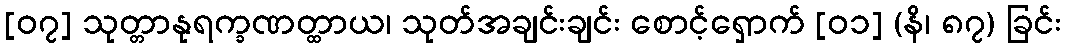
[၀၇] သုတ္တာနုရက္ခဏတ္ထာယ၊ သုတ်အချင်းချင်း စောင့်ရှောက် [၀၁] (နိ၊ ၈၇) ခြင်း